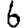
Digit: 6